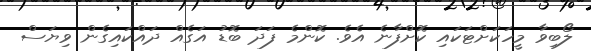
ލޯބިވާ މީހަކަށްޓަކައި ކޮށްފާނެ އެވެ. ކޮންމެ ފަދަ ބޮޑު އަގެއް ދައްކައިގެން ވިޔަސް